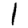
Digit: 1